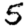
Digit: 5